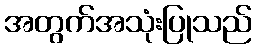
အတွက်အသုံးပြုသည်